Report of the Indian Hemp Drugs Commission, 1894-1895 - Volume VII
Year: 1894
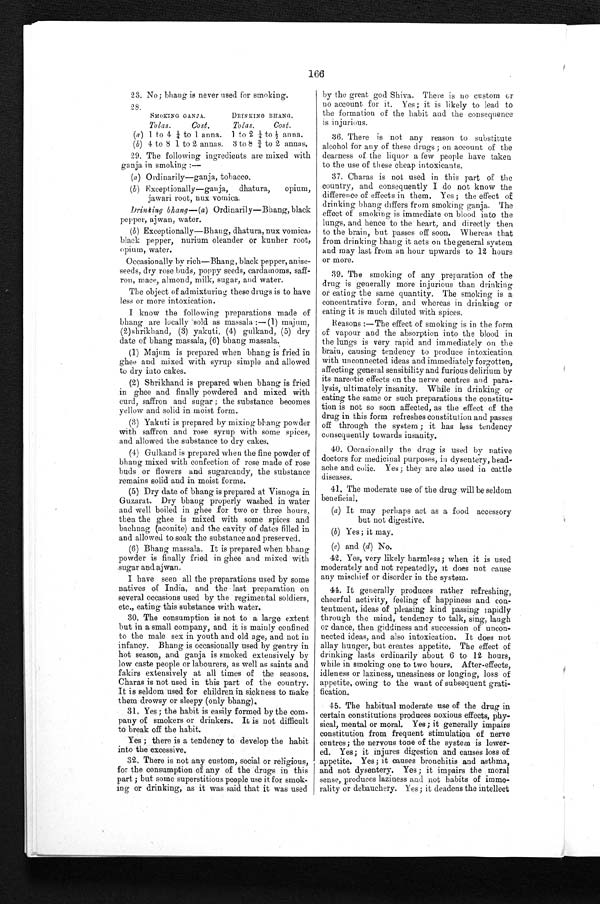
166
23. No; bhang is never used for smoking.
28.
SMOKING GANJA.
DRINKING- BHANG.
Tolas.
Cost.
Tolas.
Cost.
(a) 1 to 4 ¼ to 1 anna. 1 to 2 ¼ to ½ anna.
(b) 4 to 8 1 to 2 annas. 3 to 8 ¾ to 2 annals.
29. The following ingredients are mixed with
ganja in smoking :--
(a) Ordinarily—ganja, tobacco.
(b)
Exceptionally-ganja, dhatura, opium,
jawari root, nux vomica.
Drinking bhang—(a) Ordinarily—Bhang, black
pepper, ajwan, water.
( b ) Exceptionally—Bhang, dhatura, nux vomica,
black pepper, nurium oleander or kunher root,
opium, water.
Occasionally by rich—Bhang, black pepper, anise-
seeds, dry rose buds, poppy seeds, cardamoms, saff-
ron, mace, almond, milk, sugar, and water.
The object of admixturing these drugs is to have
less or more intoxication.
I know the following preparations made of
bhang are locally sold as massala :— (1) majum,
(2)shrikhand, (3) yakuti, (4) gulkand, (5) dry
date of bhang massala, (6) bhang massala.
(1)
Majum is prepared when bhang is fried in
ghee and mixed with syrup simple and allowed
to dry into cakes.
(2) Shrikhand is prepared when bhang is fried
in ghee and finally powdered and mixed with
curd, saffron and sugar ; the substance becomes
yellow and solid in moist form.
(3) Yakuti is prepared by mixing bhang powder
with saffron and rose syrup with some spices,
and allowed the substance to dry cakes.
(4) Gulkand is prepared when the fine powder of
bhang mixed with confection of rose made of rose
buds or flowers and sugarcandy, the substance
remains solid and in moist forms.
(5) Dry date of bhang is prepared at Visnoga in
Guzarat. Dry bhang properly washed in water
and well boiled in ghee for two or three hours,
then the ghee is mixed with some spices and
bachnag (aconite) and the cavity of dates filled in
and allowed to soak the substance and preserved.
(6) Bhang massala. It is prepared when bhang
powder is finally fried in ghee and mixed with
sugar and ajwan.
I have seen all the preparations used by some
natives of India, and the last preparation on
several occasions used by the regimental soldiers,
etc., eating this substance with water.
30. The consumption is not to a large extent
b
ut in a small company, and it is mainly confined
to the male sex in youth and old age, and not in
infancy. Bhang is occasionally used by gentry in
hot season, and ganja is smoked extensively by
low caste people or labourers, as well as saints and
fakirs extensively at all times of the seasons
Charas is not used in this part of the country
It is seldom used for children in sickness to mak
e
them drowsy or sleepy (only bhang).
31. Yes ; the habit is easily formed by the com-
pany of smokers or drinkers. It is not difflcul-
to break off the habit.
Yes ; there is a tendency to develop the habit
into the excessive.
32. There is not any custom, social or religious,
for the consumption of any of the drugs in this
part ; but some superstitious people use it for smok-
ing or drinking, as it was said that it was uses
by the great god Shiva. There is no custom or
no account for it. Yes; it is likely to lead to
the formation of the habit and the consequence
is injurious.
36. There is not any reason to substitute
alcohol for any of these drugs ; on account of the
dearness of the liquor a few people have taken
to the use of these cheap intoxicants.
37. Charas is not used in this part of the
country, and consequently I do not know the
difference of effects in them. Yes ; the effect of
drinking bhang differs from smoking ganja. The
effect of smoking is immediate on blood into the
lungs, and hence to the heart, and directly then
to the brain, but passes off soon. Whereas that
from drinking bhang it acts on the general system
and may last from an hour upwards to 12 hours
or more.
39. The smoking of any preparation of the
drug is generally more injurious than drinking
or eating the same quantity. The smoking is a
concentrative form, and whereas in drinking or
eating it is much diluted with spices.
Reasons :—The effect of smoking is in the form
of vapour and the absorption into the blood in
the lungs is very rapid and immediately on the
brain, causing tendency to produce intoxication
with unconnected ideas and immediately forgotten,
affecting general sensibility and furious delirium by
its narcotic effects on the nerve centres and par
alysis, ultimately insanity. While in drinking or
eating the same or such preparations the constitu-
tion is not so soon affected, as the effect of the
drug in this form refreshes constitution and passes
off through the system ; it has less tendency
consequently towards insanity.
40. Occasionally the drug is used by native
doctors for medicinal purposes, in dysentery, head-
ache and colic. Yes; they are also used in cattle
diseases.
41. The moderate use of the drug will be seldom
beneficial.
(a) It may perhaps act as a food accessory
but not digestive.
(b) Yes; it may.
(c)
and (d) No.
42. Yes, very likely harmless; when it is used
moderately and not repeatedly, it does not cause
any mischief or disorder in the system.
44. It generally produces rather refreshing,
cheerful activity, feeling of happiness and con-
tentment, ideas of pleasing kind passing rapidly
through the mind, tendency to talk, sing, laugh
or dance, then giddiness and succession of uncon-
nected ideas, and also intoxication. It does not
allay hunger, but creates appetite. The effect of
drinking lasts ordinarily about 6 to 12 hours,
while in smoking one to two hours. After-effects,
idleness or laziness, uneasiness or longing, loss of
appetite, owing to the want of subsequent grati-
fication.
45. The habitual moderate use of the drug in
certain constitutions produces noxious effects, phy-
sical, mental or moral. Yes ; it generally impairs
constitution from frequent stimulation of nerve
centres; the nervous tone of the system is lower-
ed. Yes; it injures digestion and causes loss of
appetite. Yes; it causes bronchitis and asthma,
and not dysentery. Yes ; it impairs the moral
sense, produces laziness and not habits of immo-
rality or debauchery. Yes; it deadens the intellect